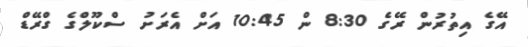
އޭގެ އިތުރުން ރޭގެ 8:30 ން 10:45 އަށް އެރަށު ސްކޫލްގެ ގްރޭޑް